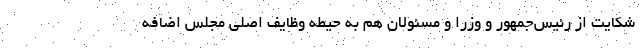
شکایت از رئیس‌جمهور و وزرا و مسئولان هم به حیطه وظایف اصلی مجلس اضافه